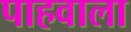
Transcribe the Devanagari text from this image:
पाहवाला